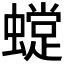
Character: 𧑽